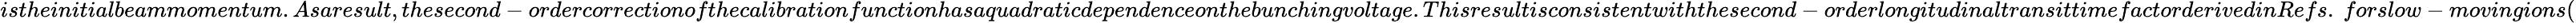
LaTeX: istheinitialbeammomentum.Asaresult,thesecond-ordercorrectionofthecalibrationfunctionhasaquadraticdependenceonthebunchingvoltage.Thisresultisconsistentwiththesecond-orderlongitudinaltransittimefactorderivedinRefs.~forslow-movingions(